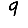
Digit: 9